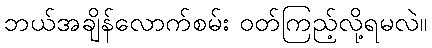
ဘယ်အချိန်လောက်စမ်း ဝတ်ကြည့်လို့ရမလဲ။